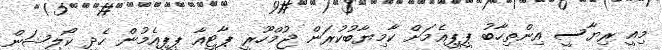
މިއީ ރިޔާސީ އިންތިހާބު ޕީޕީއެމަށް ކާމިޔާބުކުރަން ޖުމްހޫރީ ޕާޓީއާ ޕީޕީއެމުން ހެދި ކޯލިޝަން